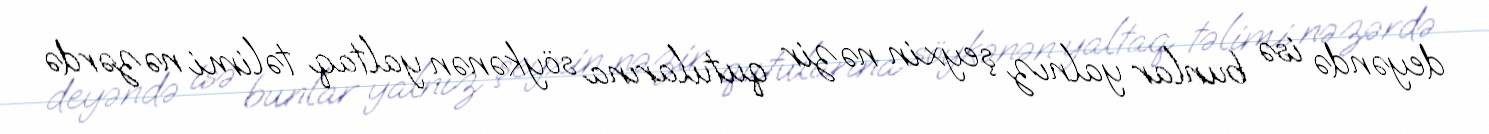
deyəndə isə bunlar yalnız şeyxin nəzir qutularına söykənən yaltaq təlimi nəzərdə